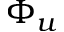
\Phi _ { u }